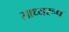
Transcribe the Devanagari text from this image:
साध्यरूप